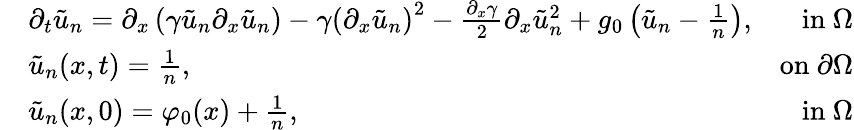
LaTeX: \begin{array}{rlr}&{\partial_{t}\tilde{u}_{n}=\partial_{x}\left(\gamma\tilde{u}_{n}\partial_{x}\tilde{u}_{n}\right)-\gamma\left(\partial_{x}\tilde{u}_{n}\right)^{2}-\frac{\partial_{x}\gamma}{2}\partial_{x}\tilde{u}_{n}^{2}+g_{0}\left(\tilde{u}_{n}-\frac{1}{n}\right),}&{\mathrm{in~}\Omega}\\ &{\tilde{u}_{n}(x,t)=\frac{1}{n},}&{\mathrm{on~}\partial\Omega}\\ &{\tilde{u}_{n}(x,0)=\varphi_{0}(x)+\frac{1}{n},}&{\mathrm{in~}\Omega}\end{array}